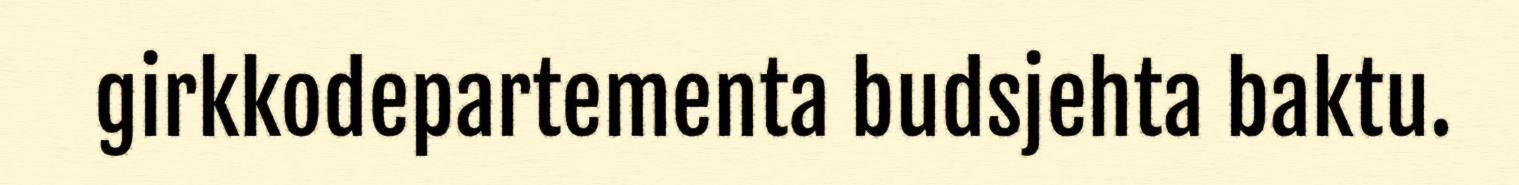
girkkodepartementa budsjehta baktu.